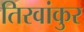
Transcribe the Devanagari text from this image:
तिरवांकुर